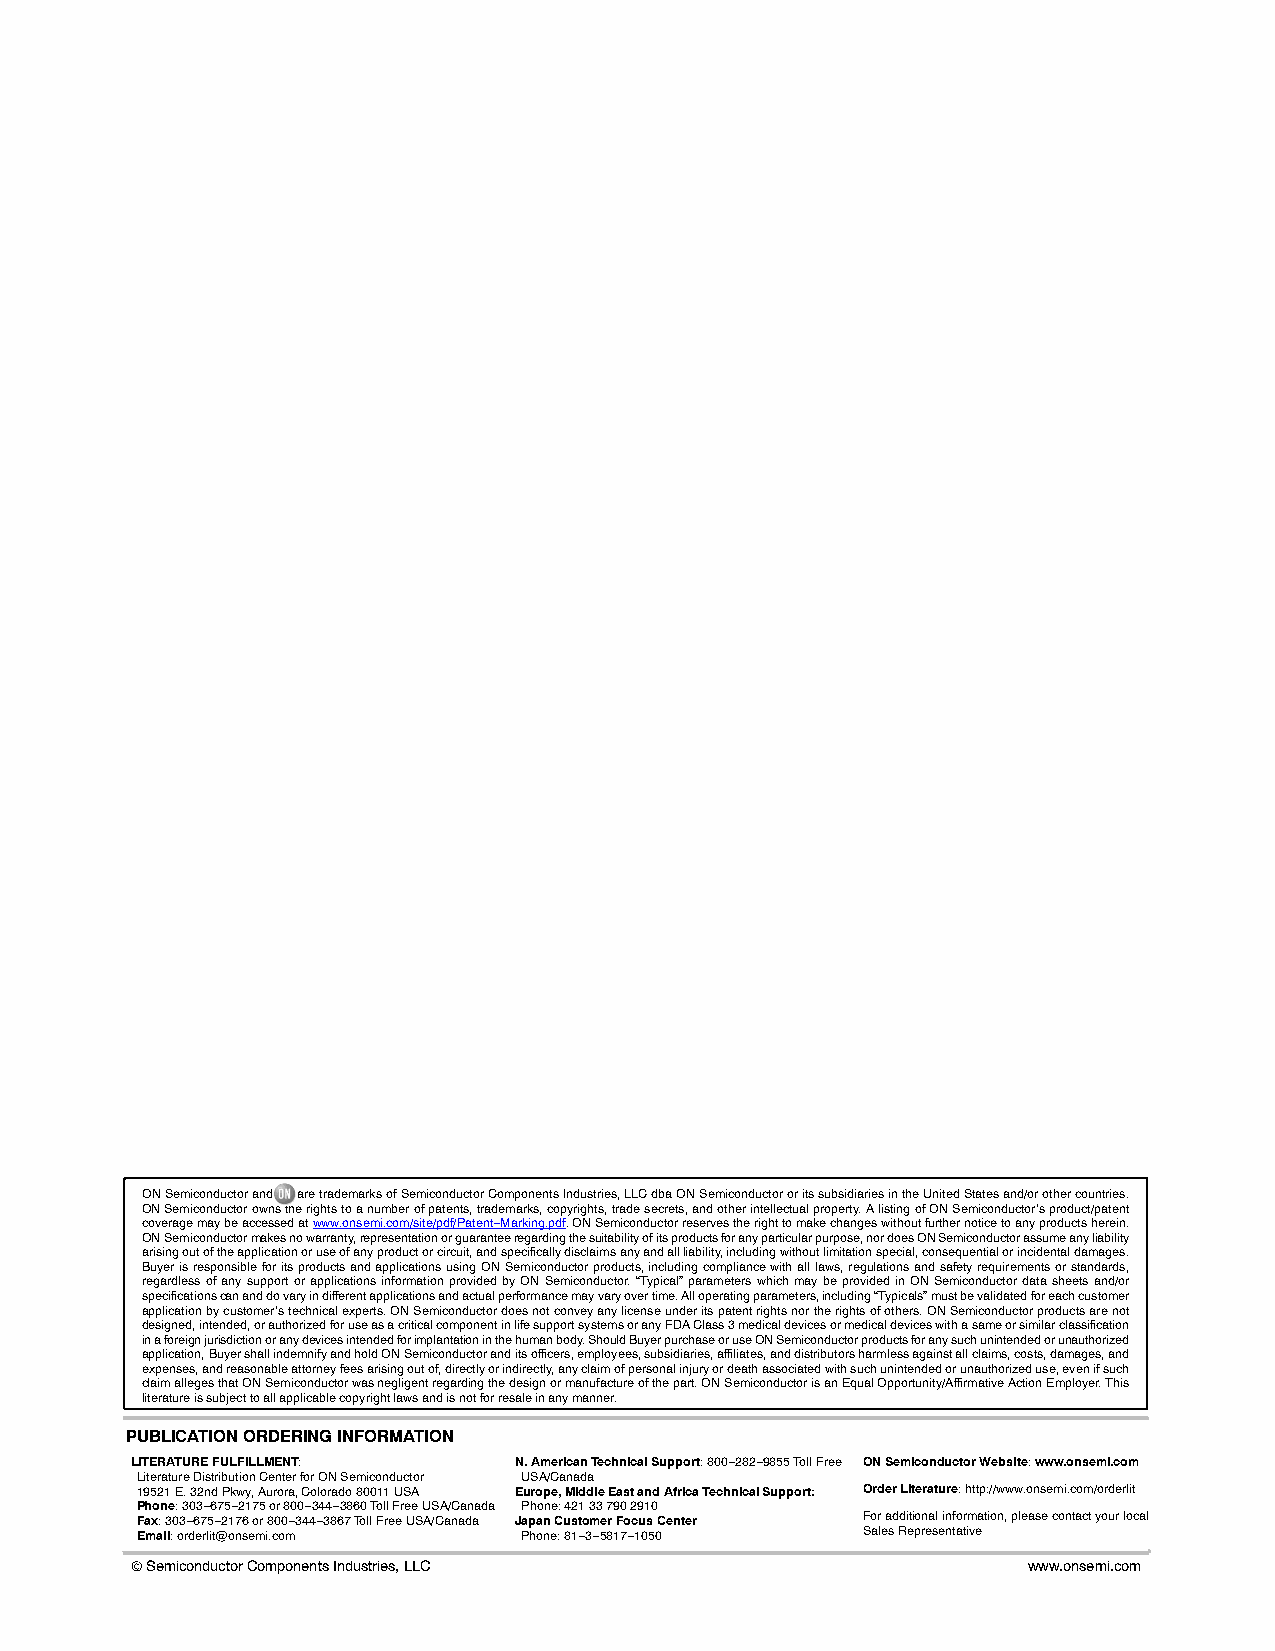
ON Semiconductor and are trademarks of Semiconductor Components Industries, LLC dba ON Semiconductor or its subsidiaries in the United States and/or other countries.
 ON Semiconductor owns the rights to a number of patents, trademarks, copyrights, trade secrets, and other intellectual property. A listing of ON Semiconductor’s product/patent
 coverage may be accessed at www.onsemi.com/site/pdf/Patent−Marking.pdf. ON Semiconductor reserves the right to make changes without further notice to any products herein.
 ON Semiconductor makes no warranty, representation or guarantee regarding the suitability of its products for any particular purpose, nor does ON Semiconductor assume any liability
 arising out of the application or use of any product or circuit, and specifically disclaims any and all liability, including without limitation special, consequential or incidental damages.
 Buyer is responsible for its products and applications using ON Semiconductor products, including compliance with all laws, regulations and safety requirements or standards,
 regardless of any support or applications information provided by ON Semiconductor. “Typical” parameters which may be provided in ON Semiconductor data sheets and/or
 specifications can and do vary in different applications and actual performance may vary over time. All operating parameters, including “Typicals” must be validated for each customer
 application by customer’s technical experts. ON Semiconductor does not convey any license under its patent rights nor the rights of others. ON Semiconductor products are not
 designed, intended, or authorized for use as a critical component in life support systems or any FDA Class 3 medical devices or medical devices with a same or similar classification
 in a foreign jurisdiction or any devices intended for implantation in the human body. Should Buyer purchase or use ON Semiconductor products for any such unintended or unauthorized
 application, Buyer shall indemnify and hold ON Semiconductor and its officers, employees, subsidiaries, affiliates, and distributors harmless against all claims, costs, damages, and
 expenses, and reasonable attorney fees arising out of, directly or indirectly, any claim of personal injury or death associated with such unintended or unauthorized use, even if such
 claim alleges that ON Semiconductor was negligent regarding the design or manufacture of the part. ON Semiconductor is an Equal Opportunity/Affirmative Action Employer. This
 literature is subject to all applicable copyright laws and is not for resale in any manner.
 PUBLICATION ORDERING INFORMATION
 LITERATURE FULFILLMENT:  N. American Technical Support: 800−282−9855 Toll Free ON Semiconductor Website: www.onsemi.com
 Literature Distribution Center for ON Semiconductor USA/Canada
 19521 E. 32nd Pkwy, Aurora, Colorado 80011 USA Europe, Middle East and Africa Technical Support: Order Literature: http://www.onsemi.com/orderlit
 Phone: 303−675−2175 or 800−344−3860 Toll Free USA/Canada Phone: 421 33 790 2910
 Fax: 303−675−2176 or 800−344−3867 Toll Free USA/Canada Japan Customer Focus Center For additional information, please contact your local
 Email: orderlit@onsemi.com Phone: 81−3−5817−1050 Sales Representative
 © Semiconductor Components Industries, LLC www.onsemi.com  www.onsemi.com
 1